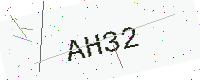
Text: AH32